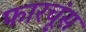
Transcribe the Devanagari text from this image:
फारचूंस